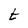
Character: t